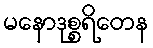
မနောဒုစ္စရိတေန